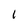
Character: I